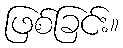
ဖြစ်ခြင်း။